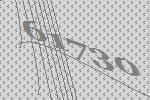
61730